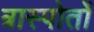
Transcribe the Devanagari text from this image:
त्रास्पोर्तो